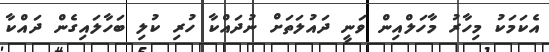
އެކަމަކު މިހާރު މާހަލްއިން ވަނީ ދައުލަތަށް ނުދައްކާ ހުރި ކުލި ބަހާލައިގެން ދައްކާ